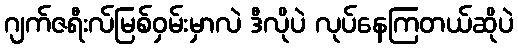
ဂျက်ဇရီးလ်မြစ်ဝှမ်းမှာလဲ ဒီလိုပဲ လုပ်နေကြတယ်ဆိုပဲ